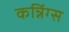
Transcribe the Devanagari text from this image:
कन्निंग्स